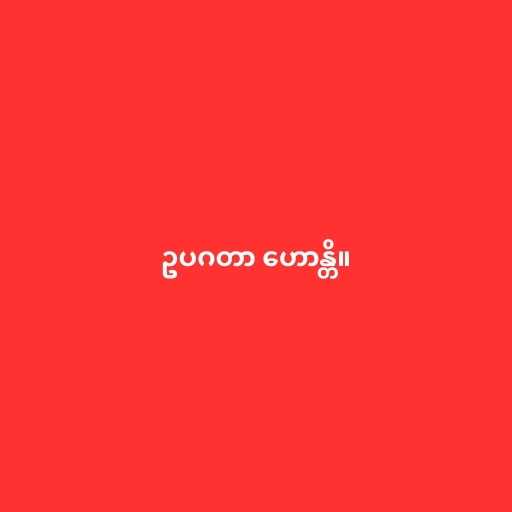
ဥပဂတာ ဟောန္တိ။